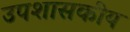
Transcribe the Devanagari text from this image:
उपशासकीय